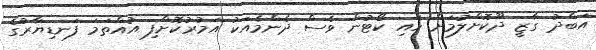
އަބްދު ގާޒީ ދޫކޮށްލުމަށް ހައި ކޯޓުން ވެސް ދެންމެއަކު އަމުރުކޮށްފި އުއްތަމަ ފަނޑިޔާރުގެ